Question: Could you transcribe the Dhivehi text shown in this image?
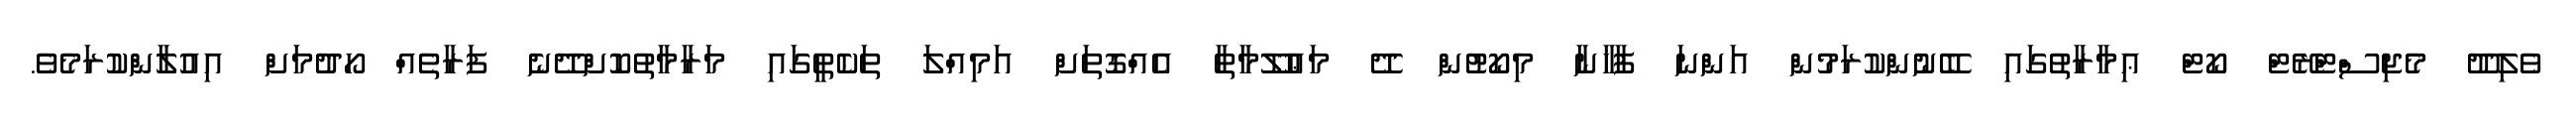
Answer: ވެލިދޫ މެޖިސްޓްރޭޓް ކޯޓް ޢިމާރާތުގައި ބޭނުންކުރަމުން އަންނަ ފާޚާނާ މިކޯޓުން ދޭ މަޢުލޫމާތާ އެއްގޮތަށް އަމިއްލަ ތަކެތީގައި މަރާމާތުކޮށްދޭނެ ފަރާތެއް ހޯދުމަށް އިއުލާންކުރަމެވެ.